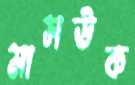
মাসউক